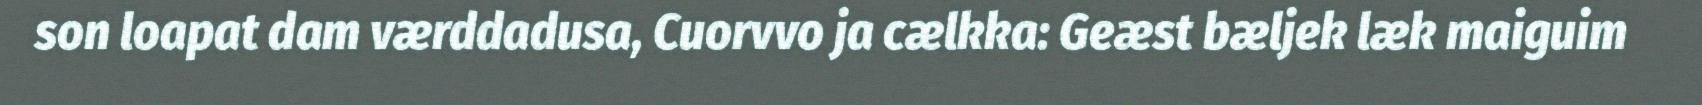
son loapat dam værddadusa, Cuorvvo ja cælkka: Geæst bæljek læk maiguim